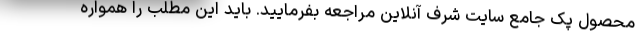
محصول پک جامع سایت شرف آنلاین مراجعه بفرمایید. باید این مطلب را همواره